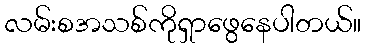
လမ်းစအသစ်ကိုရှာဖွေနေပါတယ်။